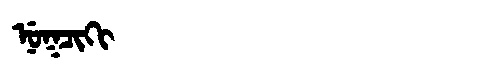
Manchu: ᠨᡠᡴᠴᡳᡴᡳ
Romanization: NUKCIKI